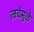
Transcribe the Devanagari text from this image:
त्वचेमुळे